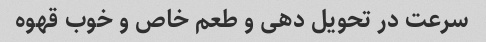
سرعت در تحویل دهی و طعم خاص و خوب قهوه